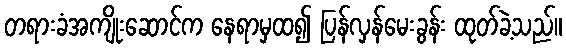
တရားခံအကျိုးဆောင်က နေရာမှထ၍ ပြန်လှန်မေးခွန်း ထုတ်ခဲ့သည်။